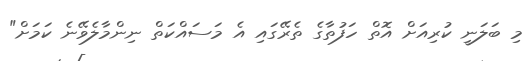
މި ބަލަނީ ކުރިއަށް އޮތް ހަފުތާގެ ތެރޭގައި އެ މަސައްކަތް ނިންމާލެވޭނެ ކަމަށް"